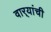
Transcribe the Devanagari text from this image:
वार्‍यांची